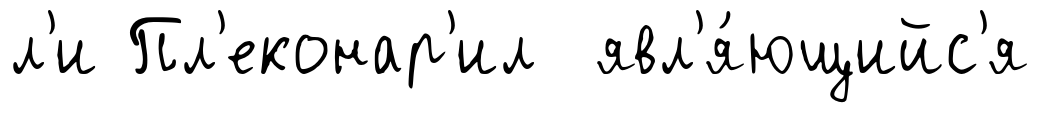
л'и Пл'еконар'ил явл'я́ющийс'я